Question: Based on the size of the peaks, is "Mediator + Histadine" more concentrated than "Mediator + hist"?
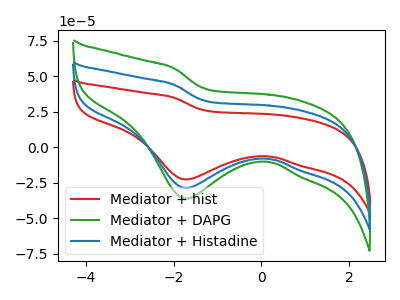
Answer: <think>The red curve "Mediator + hist" has a cathodic peak at: (-1.75V, -22.85uA). The green curve "Mediator + DAPG" has a cathodic peak at: (-1.75V, -57.70uA). The blue curve "Mediator + Histadine" has a cathodic peak at: (-1.75V, -28.85uA).
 All the peaks in "Mediator + hist" have a peak in "Mediator + Histadine" at the same potential. Every peak in "Mediator + hist" is lower than every peak in "Mediator + Histadine".</think>
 <answer>"Mediator + hist" has less signal than "Mediator + Histadine" and so likely has a lower concentration.</answer>
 <eval>less_concentration</eval>